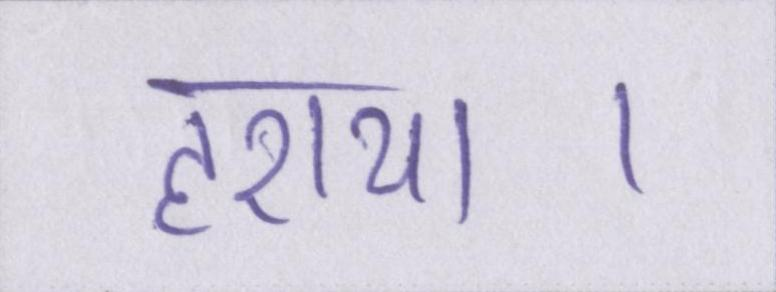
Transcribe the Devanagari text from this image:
हराया।